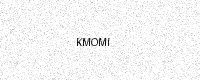
Text: KMOMI